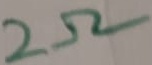
Text: 2Ω